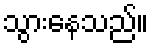
သွားနေသည်။